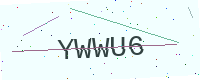
Text: YWWU6